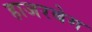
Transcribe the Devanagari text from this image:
हाजरबेग